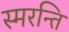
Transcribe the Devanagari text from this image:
स्मरन्ति